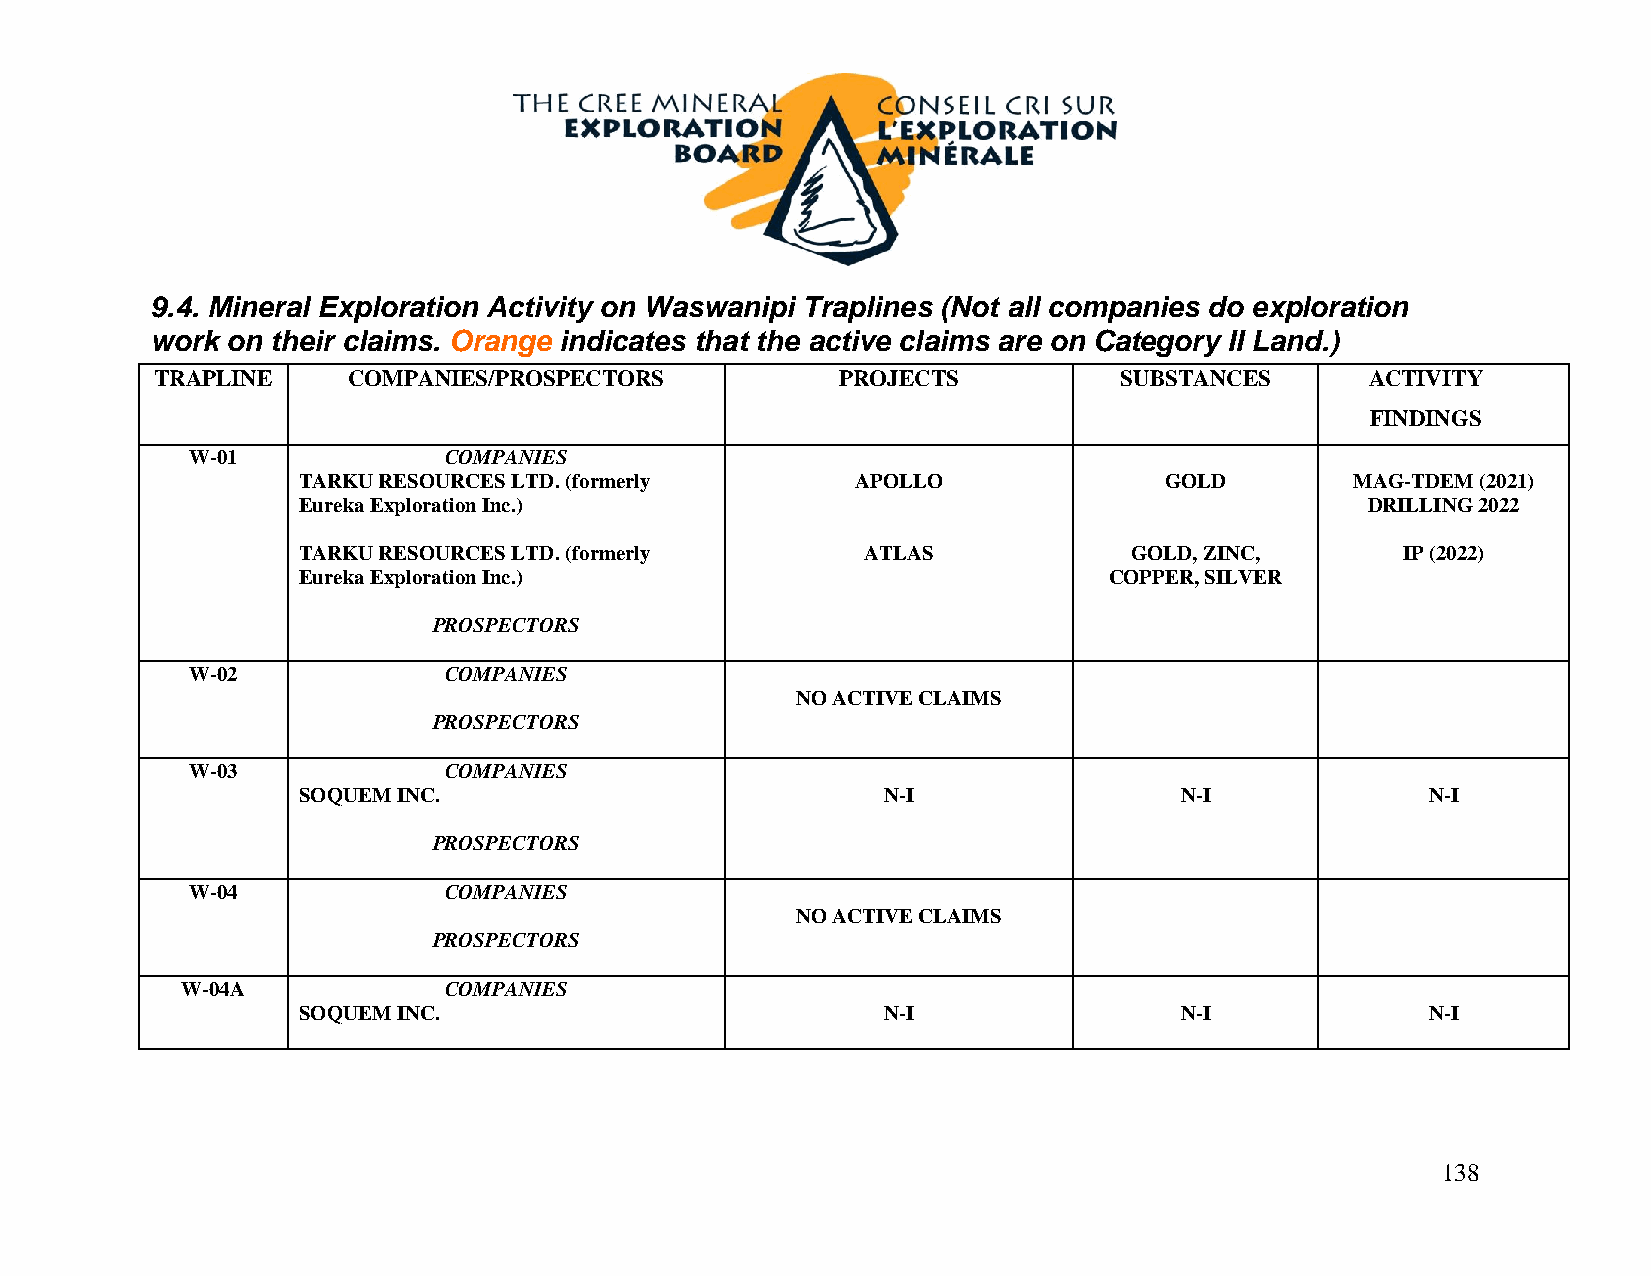
9.4. Mineral Exploration Activity on Waswanipi Traplines (Not all companies do exploration
 work on their claims. Orange indicates that the active claims are on Category II Land.)
 TRAPLINE     COMPANIES/PROSPECTORS            PROJECTS          SUBSTANCES       ACTIVITY
 FINDINGS
 W-01             COMPANIES
 TARKU RESOURCES LTD. (formerly       APOLLO              GOLD         MAG-TDEM (2021)
 Eureka Exploration Inc.)                                               DRILLING 2022
 TARKU RESOURCES LTD. (formerly       ATLAS             GOLD, ZINC,       IP (2022)
 Eureka Exploration Inc.)                             COPPER, SILVER
 PROSPECTORS
 W-02             COMPANIES
 NO ACTIVE CLAIMS
 PROSPECTORS
 W-03             COMPANIES
 SOQUEM INC.                            N-I                N-I              N-I
 PROSPECTORS
 W-04             COMPANIES
 NO ACTIVE CLAIMS
 PROSPECTORS
 W-04A            COMPANIES
 SOQUEM INC.                            N-I                N-I              N-I
 138